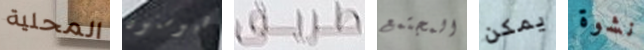
المحلية هيوستون طريق المجتمع يمكن نشوة